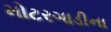
મોટરગાડીના